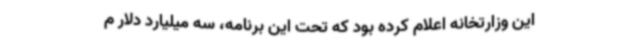
این وزارتخانه اعلام کرده بود که تحت این برنامه، سه میلیارد دلار م